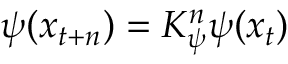
\psi ( x _ { t + n } ) = K _ { \psi } ^ { n } \psi ( x _ { t } )